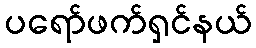
ပရော်ဖက်ရှင်နယ်